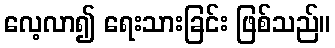
လေ့လာ၍ ရေးသားခြင်း ဖြစ်သည်။